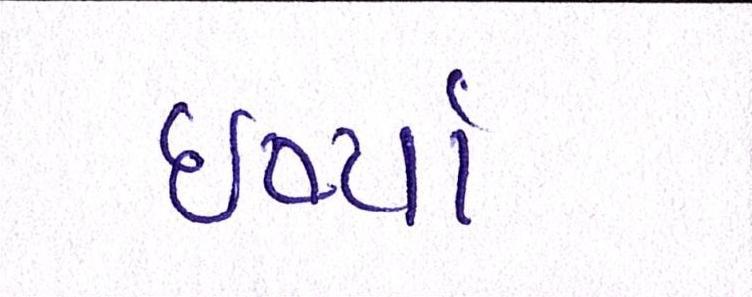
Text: ઈર્ષ્યા